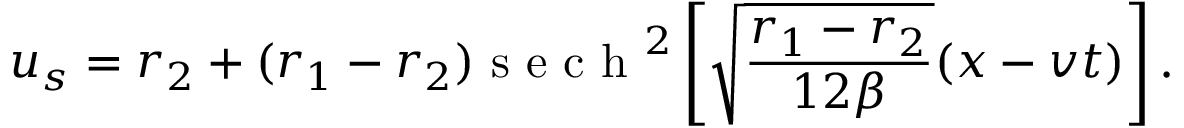
u _ { s } = r _ { 2 } + ( r _ { 1 } - r _ { 2 } ) \mathrm { ~ s ~ e ~ c ~ h ~ } ^ { 2 } \left[ \sqrt { \frac { r _ { 1 } - r _ { 2 } } { 1 2 \beta } } ( x - v t ) \right] .